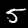
Digit: 5